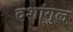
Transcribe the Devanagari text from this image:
दशांगुल